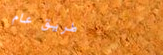
طريق عام